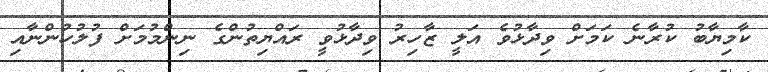
ކާމިޔާބު ކުރާނެ ކަމަށް ވިދާޅުވެ އަލީ ޒާހިރު ވިދާޅުވީ ރައްޔިތުންގެ ނިންމުމަށް ފުލުހުންނާއި